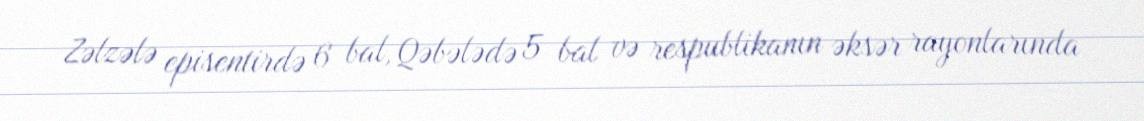
Zəlzələ episentirdə 6 bal, Qəbələdə 5 bal və respublikanın əksər rayonlarında